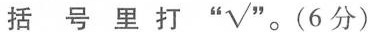
括 号 里 打“√”。(6 分)